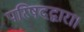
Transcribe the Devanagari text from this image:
परिषदद्वारा।